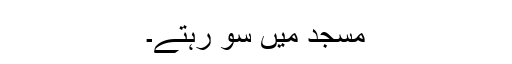
مسجد میں سو رہتے۔